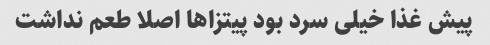
پیش غذا خیلی سرد بود پیتزاها اصلا طعم نداشت